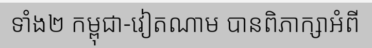
ទាំង២ កម្ពុជា-វៀតណាម បានពិភាក្សាអំពី